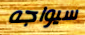
سيواجه